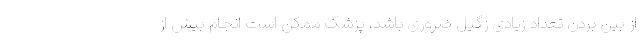
از بین بردن تعداد زیادی زگیل ضروری باشد، پزشک ممکن است انجام بیش از